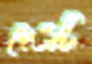
দেওটি